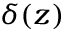
\delta ( z )